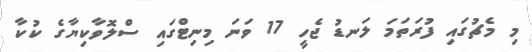
މި މެޗުގައި ފުރަތަމަ ލަނޑު ޖެހީ 17 ވަނަ މިނިޓްގައި ސްލޮވާކިޔާގެ ކުކާ